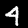
Digit: 4